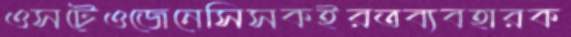
ওসটেওজেনেসিসকইরতব্যবহারক